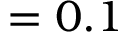
= 0 . 1